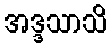
အဒ္ဒသာသိ